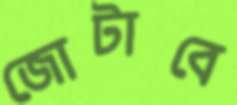
জোটাবে